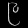
Digit: ၉